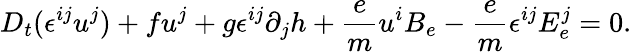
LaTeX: D_{t}(\epsilon^{ij}u^{j})+fu^{j}+g\epsilon^{ij}\partial_{j}h+\frac{e}{m}u^{i}B_{e}-\frac{e}{m}\epsilon^{ij}E_{e}^{j}=0.